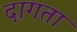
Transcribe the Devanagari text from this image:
दागता